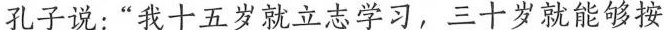
孔子说:“我十五岁就立志学习，三十岁就能够按